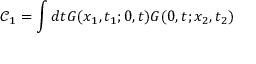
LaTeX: \mathcal { C } _ { 1 } = \int d t G ( x _ { 1 } , t _ { 1 } ; 0 , t ) G ( 0 , t ; x _ { 2 } , t _ { 2 } )